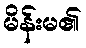
မိန်းမ၏